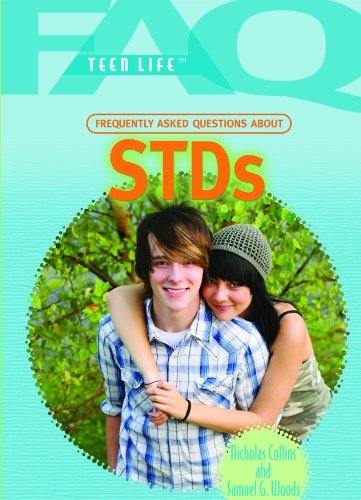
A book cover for Frequently Asked Questions About STDs (Faq: Teen Life); Nicholas Collins; Teen & Young Adult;